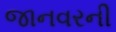
જાનવરની